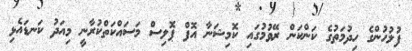
ފުލުހުންގެ ހިދުމަތުގެ ކަންކަން ރޭވުމުގައި ކޮމިޝަނާ އޮފް ޕޮލިސް މަސައްކަތްކުރާނީ މިއަދު ކަނޑައެޅި